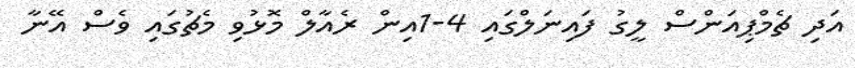
އަދި ޗެމްޕިއަންސް ލީގު ފައިނަލްގައި 4-1އިން ރެއާލް މޮޅުވި މެޗުގައި ވެސް އޭނާ